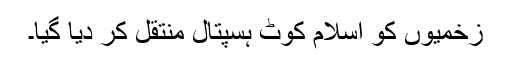
زخمیوں کو اسلام کوٹ ہسپتال منتقل کر دیا گیا۔